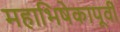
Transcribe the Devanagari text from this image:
महाभिषेकापूर्वी